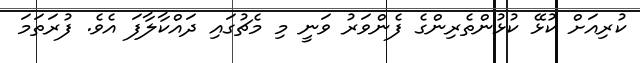
ކުރިއަށް ކުޅޭ ކުޅުންތެރިންގެ ފެންވަރު ވަނީ މި މެޗުގައި ދައްކާލާފަ އެވެ. ފުރަތަމަ